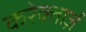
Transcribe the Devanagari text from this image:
करेक्तार्ज़